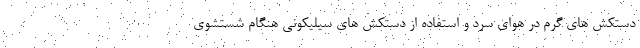
دستکش های گرم در هوای سرد و استفاده از دستکش های سیلیکونی هنگام شستشوی